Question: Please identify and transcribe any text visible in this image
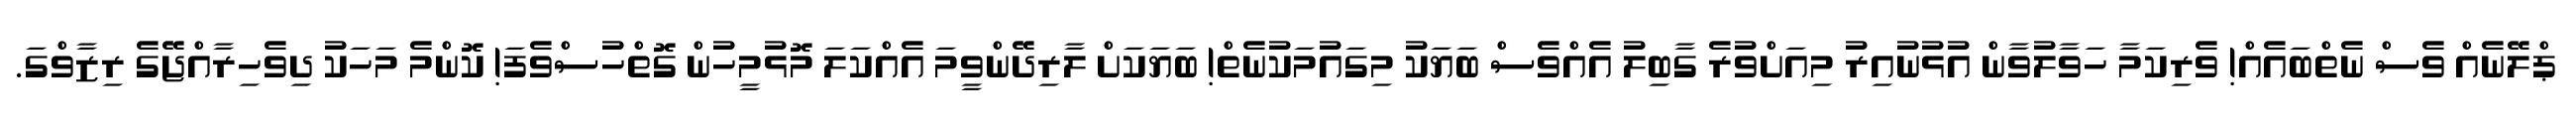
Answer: ޕްލޭނެއް ވެސް ނެތްބައެއް! ވެރިކަމާ ހަވާލުވާން އުޅުނުއިރު މިއަށްވުރެ ގާބިލު އެއްވެސް ބަޔަކު މިގައުމަކުނެތް! ބަޔަކަށް ލާރިދޭންވީމަ އެއްކަލަ މޮޅުމީހުން ގޮތްހުސްވެފަ! ކޮންމެ މަހަކު ދިވެހިރާއްޖޭގެ ރިޒާވްގަ.